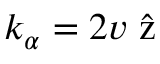
{ \boldsymbol { k } _ { \alpha } = 2 v \hat { \boldsymbol { \mathrm { ~ z ~ } } } }